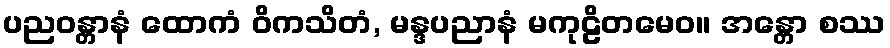
ပညဝန္တာနံ ထောကံ ဝိကသိတံ, မန္ဒပညာနံ မကုဠိတမေဝ။ အန္တော စဿ